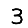
Digit: 3